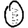
Digit: 0